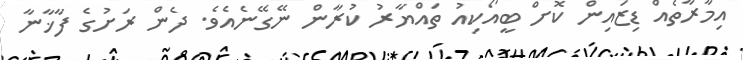
އިމާރާތެއް ޑިޒައިން ކޮށް ބީއޯކިއު ތައްޔާރު ކުރާން ނޭގޭނެއެވެ. ދެން ރަށުގެ ފާޚާނާ